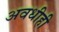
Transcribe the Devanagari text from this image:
अवधीही